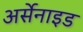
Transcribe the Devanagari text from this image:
अर्सेनाइड